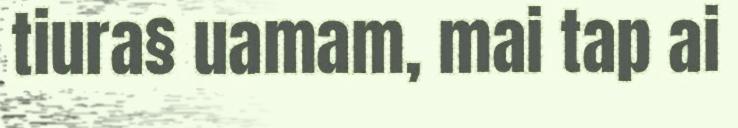
tiura§ uamam, mai tap ai